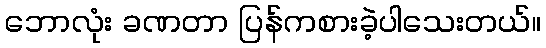
ဘောလုံး ခဏတာ ပြန်ကစားခဲ့ပါသေးတယ်။